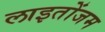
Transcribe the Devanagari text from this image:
लाइतोंजम